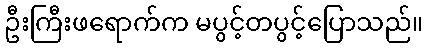
ဦးကြီးဖရောက်က မပွင့်တပွင့်ပြောသည်။